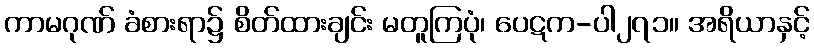
ကာမဂုဏ် ခံစားရာ၌ စိတ်ထားချင်း မတူကြပုံ၊ ပေဋက-ပါ၂၇၁။ အရိယာနှင့်